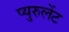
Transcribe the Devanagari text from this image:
प्युरुलेंट